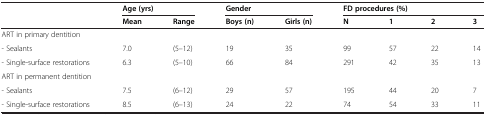
|  | <COLSPAN=2> Age (yrs) | <COLSPAN=2> Gender | <COLSPAN=4> FD procedures (%) |
 |  | Mean | Range | Boys (n) | Girls (n) | N | 1 | 2 | 3 |
 | --- | --- | --- | --- | --- | --- | --- | --- | --- |
 | ART in primary dentition |  |  |  |  |  |  |  |  |
 | - Sealants | 7.0 | (5–12) | 19 | 35 | 99 | 57 | 22 | 14 |
 | - Single-surface restorations | 6.3 | (5–10) | 66 | 84 | 291 | 42 | 35 | 13 |
 | ART in permanent dentition |  |  |  |  |  |  |  |  |
 | - Sealants | 7.5 | (6–12) | 29 | 57 | 195 | 44 | 20 | 7 |
 | - Single-surface restorations | 8.5 | (6–13) | 24 | 22 | 74 | 54 | 33 | 11 |